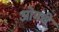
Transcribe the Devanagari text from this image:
ओमचे